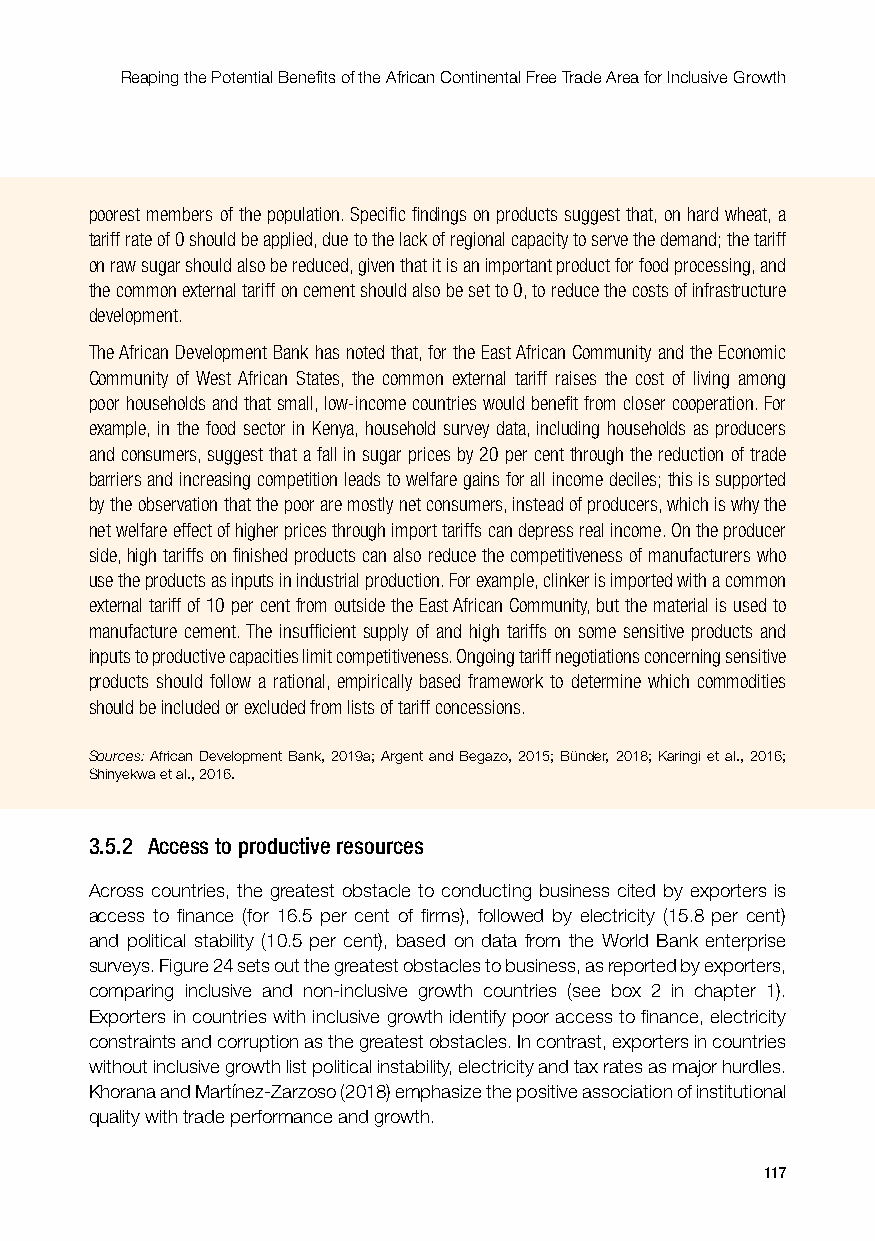
Reaping the Potential Benefits of the African Continental Free Trade Area for Inclusive Growth
 poorest members of the population. Specific findings on products suggest that, on hard wheat, a
 tariff rate of 0 should be applied, due to the lack of regional capacity to serve the demand; the tariff
 on raw sugar should also be reduced, given that it is an important product for food processing, and
 the common external tariff on cement should also be set to 0, to reduce the costs of infrastructure
 development.
 The African Development Bank has noted that, for the East African Community and the Economic
 Community of West African States, the common external tariff raises the cost of living among
 poor households and that small, low-income countries would benefit from closer cooperation. For
 example, in the food sector in Kenya, household survey data, including households as producers
 and consumers, suggest that a fall in sugar prices by 20 per cent through the reduction of trade
 barriers and increasing competition leads to welfare gains for all income deciles; this is supported
 by the observation that the poor are mostly net consumers, instead of producers, which is why the
 net welfare effect of higher prices through import tariffs can depress real income. On the producer
 side, high tariffs on finished products can also reduce the competitiveness of manufacturers who
 use the products as inputs in industrial production. For example, clinker is imported with a common
 external tariff of 10 per cent from outside the East African Community, but the material is used to
 manufacture cement. The insufficient supply of and high tariffs on some sensitive products and
 inputs to productive capacities limit competitiveness. Ongoing tariff negotiations concerning sensitive
 products should follow a rational, empirically based framework to determine which commodities
 should be included or excluded from lists of tariff concessions.
 Sources: African Development Bank, 2019a; Argent and Begazo, 2015; Bünder, 2018; Karingi et al., 2016;
 Shinyekwa et al., 2016.
 3.5.2 Access to productive resources
 Across countries, the greatest obstacle to conducting business cited by exporters is
 access to finance (for 16.5 per cent of firms), followed by electricity (15.8 per cent)
 and political stability (10.5 per cent), based on data from the World Bank enterprise
 surveys. Figure 24 sets out the greatest obstacles to business, as reported by exporters,
 comparing inclusive and non-inclusive growth countries (see box 2 in chapter 1).
 Exporters in countries with inclusive growth identify poor access to finance, electricity
 constraints and corruption as the greatest obstacles. In contrast, exporters in countries
 without inclusive growth list political instability, electricity and tax rates as major hurdles.
 Khorana and Martínez-Zarzoso (2018) emphasize the positive association of institutional
 quality with trade performance and growth.
 117